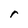
Character: r